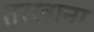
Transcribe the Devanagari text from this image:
तरखाना